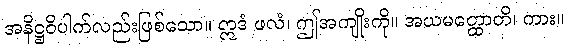
အနိဋ္ဌဝိပါက်လည်းဖြစ်သော။ ဣဒံ ဖလံ၊ ဤအကျိုးကို။ အယမတ္ထောတိ၊ ကား။